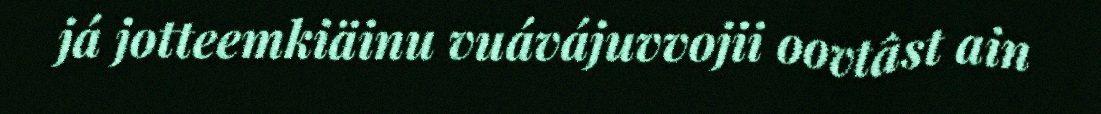
já jotteemkiäinu vuávájuvvojii oovtâst ain